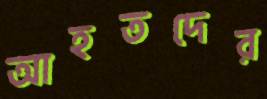
আহতদের